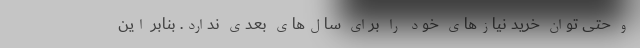
و حتی توان خرید نیازهای خود را برای سال‌های بعدی ندارد. بنابر این